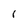
Character: r